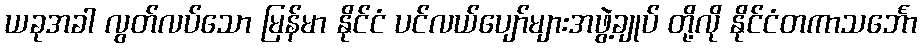
ယခုအခါ လွတ်လပ်သော မြန်မာ နိုင်ငံ ပင်လယ်ပျော်များအဖွဲ့ချုပ် တို့လို နိုင်ငံတကာသင်္ဘော